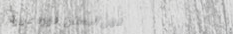
مقهى البستان: قهوة عربية